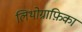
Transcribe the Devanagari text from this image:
लिथोग्राफ़िका